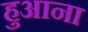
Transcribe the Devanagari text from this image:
हुआना